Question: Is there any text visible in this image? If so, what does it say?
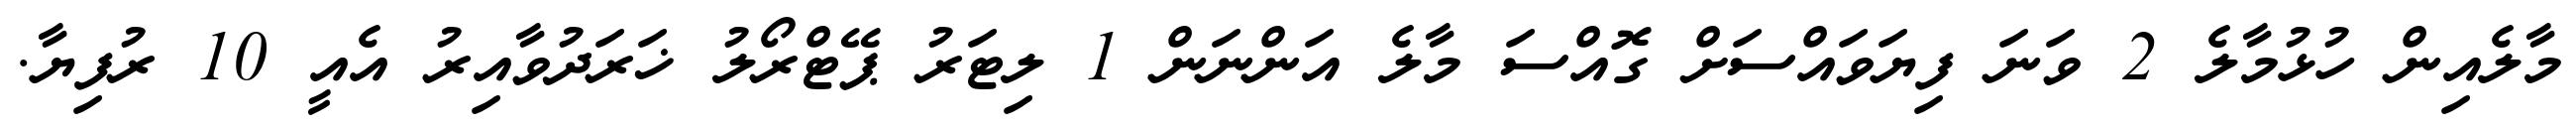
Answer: މާލެއިން ހުޅުމާލެ 2 ވަނަ ފިޔަވައްސަށް ގޮއްސަ މާލެ އަންނަން 1 ލިޓަރު ޕޭޓްރޯލު ޚަރަދުވާއިރު އެއީ 10 ރުފިޔާ.